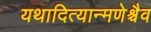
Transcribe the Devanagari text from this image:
यथादित्यान्मणेश्चैव